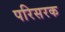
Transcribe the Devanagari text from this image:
परिसरक